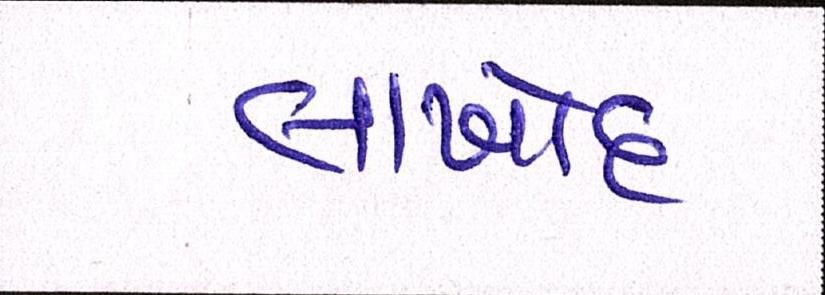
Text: લાખોંદ